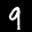
Label: 9